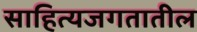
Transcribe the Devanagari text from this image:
साहित्यजगतातील